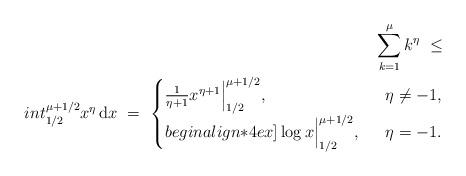
LaTeX: \begin{align*} \sum_{k=1}^\mu k^{\eta}\ \le \\int_{1/2}^{\mu+1/2} x^{\eta} \, \mathrm{d} x\ = \ \begin{cases}\frac{1}{\eta+ 1} x^{\eta+ 1} \Big|_{1/2}^{\mu+1/2}, \ & \ \eta\not= -1, \\begin{align*}4ex]\log x \Big|_{1/2}^{\mu+1/2}, \ & \ \eta= -1. \end{cases}\end{align*}